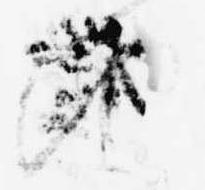
地